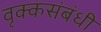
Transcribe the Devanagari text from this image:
वृक्कसंबंधी